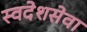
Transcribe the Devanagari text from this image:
स्वदेशसेवा